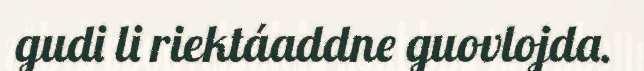
gudi li riektáaddne guovlojda.